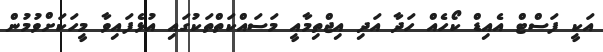
އަކީ ފަސްޓް އެއިޑް ކޯހެއް ހަދާ އަަދި އިޖްތިމާއީ މަސައްކަތްތަކުގައި އުޅެފައިވާ މީހަކަށްވުމުން